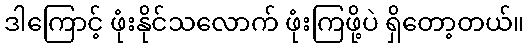
ဒါကြောင့် ဖုံးနိုင်သလောက် ဖုံးကြဖို့ပဲ ရှိတော့တယ်။